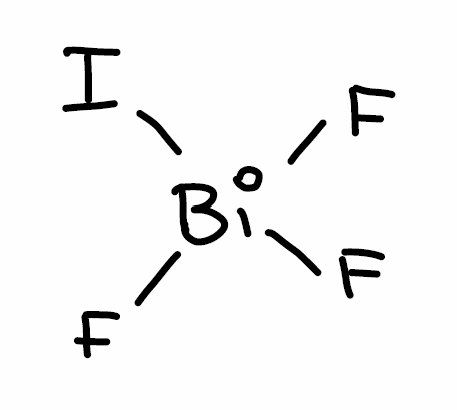
Simplified molecular-input line-entry system (SMILES) notation of the given molecule:
F[Bi](F)(F)I